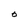
Character: o